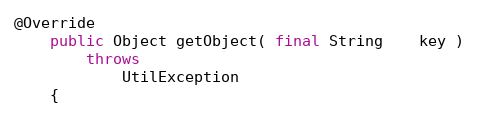
Language: Java
@Override
    public Object getObject( final String    key )
        throws
            UtilException
    {